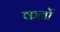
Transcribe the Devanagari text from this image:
कर्नो